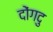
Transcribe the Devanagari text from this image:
दोंगदु